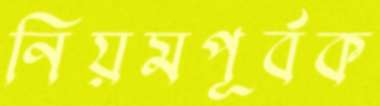
নিয়মপূর্বক